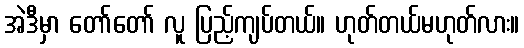
အဲဒီမှာ တော်တော် လူ ပြည့်ကျပ်တယ်။ ဟုတ်တယ်မဟုတ်လား။